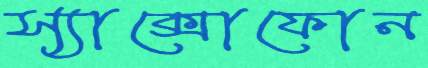
স্যাক্সোফোন